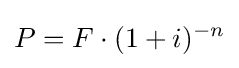
P=F\cdot (1+i)^{-n}